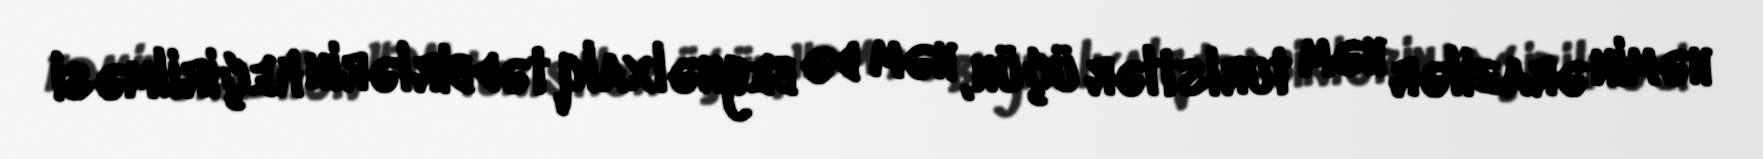
həmin ərazilər həm turistlər üçün, həm də beynəlxalq tədbirlərin keçirilməsi